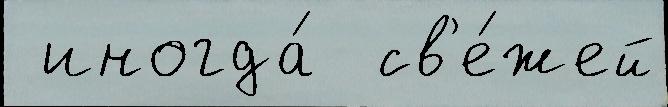
 иногда́  св'е́жей